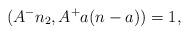
LaTeX: \begin{align*} (A^-n_2, A^+a(n-a)) = 1, \end{align*}